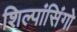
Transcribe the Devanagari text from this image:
शिल्पांसिंगो